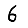
Digit: 6